Medical and sanitary report of the native army of Bengal for the year
Year: 1876
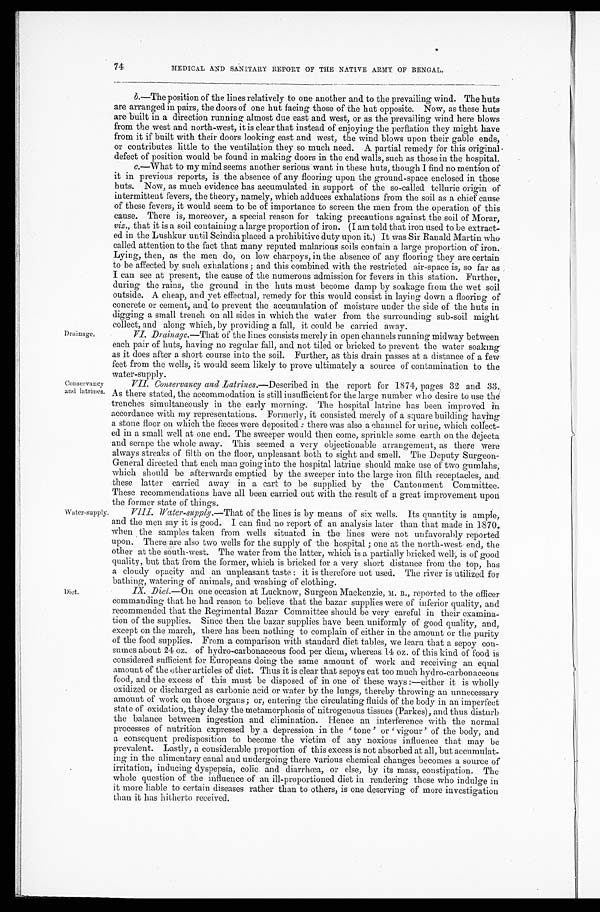
Drainage.
Conservancy
and latrines
Water-supply,
Diet.
74
MEDICAL AND SANITARY REPORT OF THE NATIVE ARMY OF BENGAL.
b .—The position of the lines relatively to one another and to the prevailing wind. The huts
are arranged in pairs, the doors of one hut facing those of the hut opposite. Now, as these huts
are built in a direction running almost due east and west, or as the prevailing wind here blows
from the west and north-west, it is clear that instead of enjoying the perflation they might have
from it if built with their doors looking east and west, the wind blows upon their gable ends,
or contributes little to the ventilation they so much need. A partial remedy for this original
defect of position would be found in making doors in the end walls, such as those in the hospital.
c.—What to my mind seems another serious want in these huts, though I find no mention of
it in previous reports, is the absence of any flooring upon the ground-space enclosed in those
huts. Now, as much evidence has accumulated in support of the so-called telluric origin of
intermittent fevers, the theory, namely, which adduces exhalations from the soil as a chief cause
of these fevers, it would seem to be of importance to screen the men from the operation of this
cause. There is, moreover, a special reason for taking precautions against the soil of Morar,
viz., that it is a soil containing a large proportion of iron. (I am told that iron used to be extract-
ed in the Lushkur until Scindia placed a prohibitive duty upon it.) It was Sir Ranald Martin who
called attention to the fact that many reputed malarious soils contain a large proportion of iron.
L y i n g , t h e n , a s t h e m e n d o , o n l o w c h a r p o y s , i n t h e a b s e n c e o f a n y f l o o r i n g t h e y a r e c e r t a i n
to be affected by such exhalations ; and this combined with the restricted air-space is, so far as
I can see at present, the cause of the numerous admission for fevers in this station. Further,
during the rains, the ground in the huts must become damp by soakage from the wet soil
outside. A cheap, and yet effectual, remedy for this would consist in laying down a flooring of
concrete or cement, and to prevent the accumulation of moisture under the side of the huts in
digging a small trench on all sides in which the water from the surrounding sub-soil might
collect, and along which, by providing a fall, it could be carried away.
VI. Drainage. —That of the lines consists merely in open channels running midway between
each pair of huts, having no regular fall, and not tiled or bricked to prevent the water soaking
as it does after a short course into the soil. Further, as this drain passes at a distance of a few
feet from the wells, it would seem likely to prove ultimately a source of contamination to the
water-supply.
VII. Conservancy and Latrines.—Described in the report for 1874, pages 32 and 33.
As there stated, the accommodation is still insufficient for the large number who desire to use the
trenches simultaneously in the early morning. The hospital latrine has been improved in
accordance with my representations. Formerly, it consisted merely of a square building having
a stone floor on which the fæces were deposited : there was also a channel for urine, which collect-
e d i n a s m a l l w e l l a t o n e e n d . T h e s w e e p e r w o u l d t h e n c o m e , s p r i n k l e s o m e e a r t h o n t h e d e j e c t a
and scrape the whole away. This seemed a very objectionable arrangement, as there were
always streaks of filth on the floor, unpleasant both to sight and smell. The Deputy Surgeon-
General directed that each man going into the hospital latrine should make use of two gumlahs,
which should be afterwards emptied by the sweeper into the large iron filth receptacles, and
these latter carried away in a cart to be supplied by the Cantonment Committee.
These recommendations have all been carried out with the result of a great improvement upon
the former state of things.
VIII. Water-supply. —That of the lines is by means of six wells. Its quantity is ample,
and the men say it is good. I can find no report of an analysis later than that made in 1870,
when the samples taken from wells situated in the lines were not unfavorably reported
upon. There are also two wells for the supply of the hospital ; one at the north-west end, the
other at the south-west. The water from the latter, which is a partially bricked well, is of good
quality, but that from the former, which is bricked for a very short distance from the top, has
a cloudy opacity and an unpleasant taste : it is therefore not used. The river is utilized for
bathing, watering of animals, and washing of clothing.
IX. Diet. —On one occasion at Lucknow, Surgeon Mackenzie, M. B., reported to the officer
commanding that he had reason to believe that the bazar supplies were of inferior quality, and
recommended that the Regimental Bazar Committee should be very careful in their examina-
tion of the supplies. Since then the bazar supplies have been uniformly of good quality, and,
except on the march, there has been nothing to complain of either in the amount or the purity
of the food supplies. From a comparison with standard diet tables, we learn that a sepoy con
-sumes about 24 oz. of hydro-carbonaceous food per diem, whereas 14 oz. of this kind of food is
considered sufficient for Europeans doing the same amount of work and receiving an equal
amount of the other articles of diet. Thus it is clear that sepoys eat too much hydro-carbonaceous
food, and the excess of this must be disposed of in one of these ways :—either it is wholly
oxidized or discharged as carbonic acid or water by the lungs, thereby throwing an unnecessary
amount of work on those organs ; or, entering the circulating fluids of the body in an imperfect
state of oxidation, they delay the metamorphosis of nitrogenous tissues (Parkes), and thus disturb
the balance between ingestion and elimination. Hence an interference with the normal
processes of nutrition expressed by a depression in the 'tone' or 'vigour' of the body, and
a consequent predisposition to become the victim of any noxious influence that may be
prevalent. Lastly, a considerable proportion of this excess is not absorbed at all, but accumulat-
ing in the alimentary canal and undergoing there various chemical changes becomes a source of
irritation, inducing dyspepsia, colic and diarrhœa, or else, by its mass, constipation. The
whole question of the influence of an ill-proportioned diet in rendering those who indulge in
it more liable to certain diseases rather than to others, is one deserving of more investigation
than it has hitherto received.